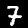
Label: 7